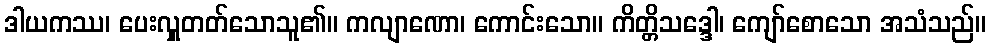
ဒါယကဿ၊ ပေးလှူတတ်သောသူ၏။ ကလျာဏော၊ ကောင်းသော။ ကိတ္တိသဒ္ဒေါ၊ ကျော်စောသော အသံသည်။